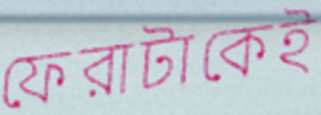
ফেরাটাকেই